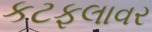
કટફલાવર